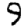
Digit: 9